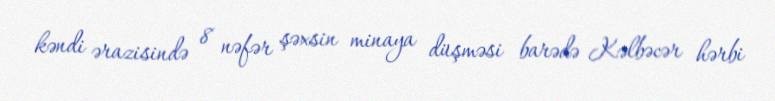
kəndi ərazisində 8 nəfər şəxsin minaya düşməsi barədə Kəlbəcər hərbi